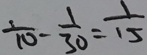
\frac { 1 } { 1 0 } - \frac { 1 } { 3 0 } = \frac { 1 } { 1 5 }